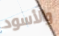
والأسود